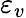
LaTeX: \varepsilon_{v}